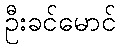
ဦးခင်မောင်